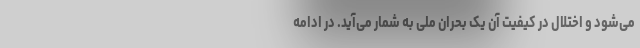
می‌شود و اختلال در کیفیت آن یک بحران ملی به شمار می‌آید. در ادامه